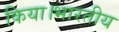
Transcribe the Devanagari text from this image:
किया।भारतीय